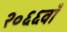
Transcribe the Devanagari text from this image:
२०६६वाँ